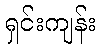
ရှင်းကျန်း